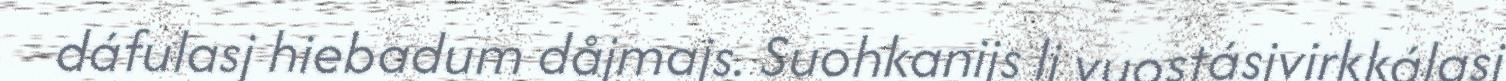
dáfulasj hiebadum dåjmajs. Suohkanijs li vuostásjvirkkálasj